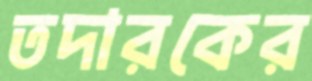
তদারকের